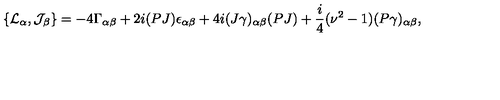
\{ { \cal L } _ { \alpha } , { \cal J } _ { \beta } \} = - 4 \Gamma _ { \alpha \beta } + 2 i ( P J ) \epsilon _ { \alpha \beta } + 4 i ( J \gamma ) _ { \alpha \beta } ( P J ) + \frac { i } { 4 } ( \nu ^ { 2 } - 1 ) ( P \gamma ) _ { \alpha \beta } ,